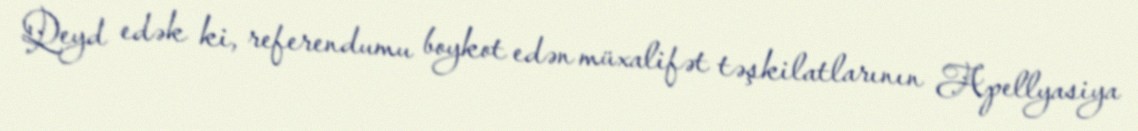
Qeyd edək ki, referendumu boykot edən müxalifət təşkilatlarının Apellyasiya